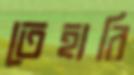
তেহারি